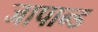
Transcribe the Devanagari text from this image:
जापान्ड